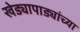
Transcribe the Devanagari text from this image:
खेड्यापाड्यांच्या